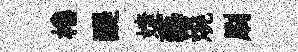
棬醍婕藝燒刷